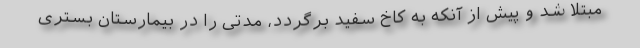
مبتلا شد و پیش از آنکه به کاخ سفید برگردد، مدتی را در بیمارستان بستری